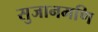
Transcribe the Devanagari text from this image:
सुजानमणि